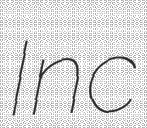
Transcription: Inc